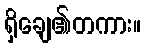
ရှိချေ၏တကား။